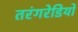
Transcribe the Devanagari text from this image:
तरंगरेडियो